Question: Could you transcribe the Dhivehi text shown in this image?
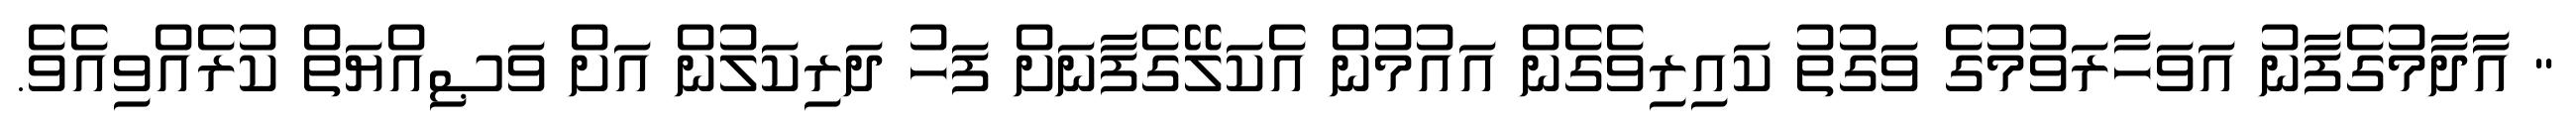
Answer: " އާދާމުގެފާނު އަވަހާރަވުމުގެ ވަގުތު ކައިރިވެގެން އައުމުން އެކަލޭގެފާނަށް ފަހު ދަރިކަލުން އަށް ވަޞިއްޔަތް ކުރެއްވިއެވެ.